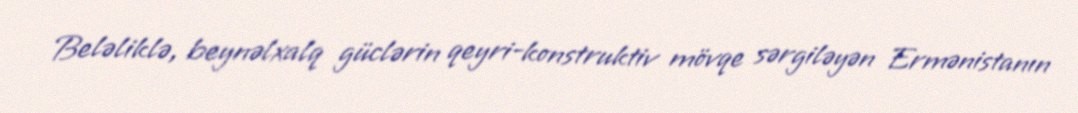
Beləliklə, beynəlxalq güclərin qeyri-konstruktiv mövqe sərgiləyən Ermənistanın